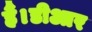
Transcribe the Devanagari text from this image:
हैं।डीआर